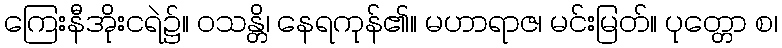
ကြေးနီအိုးငရဲ၌။ ဝသန္တိ၊ နေရကုန်၏။ မဟာရာဇ၊ မင်းမြတ်။ ပုတ္တော စ၊